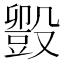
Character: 𬆱